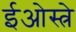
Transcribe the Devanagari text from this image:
ईओस्त्रे